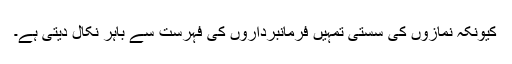
کیونکہ نمازوں کی سستی تمہیں فرمانبرداروں کی فہرست سے باہر نکال دیتی ہے۔